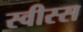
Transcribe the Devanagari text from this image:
स्वीस्स